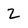
Character: 2